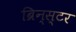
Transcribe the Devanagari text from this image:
ब्रिन्स्टर